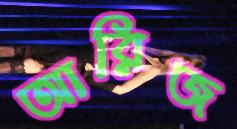
আরিজ